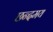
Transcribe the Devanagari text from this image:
छन्दमय